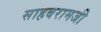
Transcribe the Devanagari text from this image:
साहबरामजी